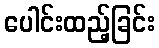
ပေါင်းထည့်ခြင်း